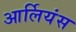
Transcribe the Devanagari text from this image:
आर्लियंस